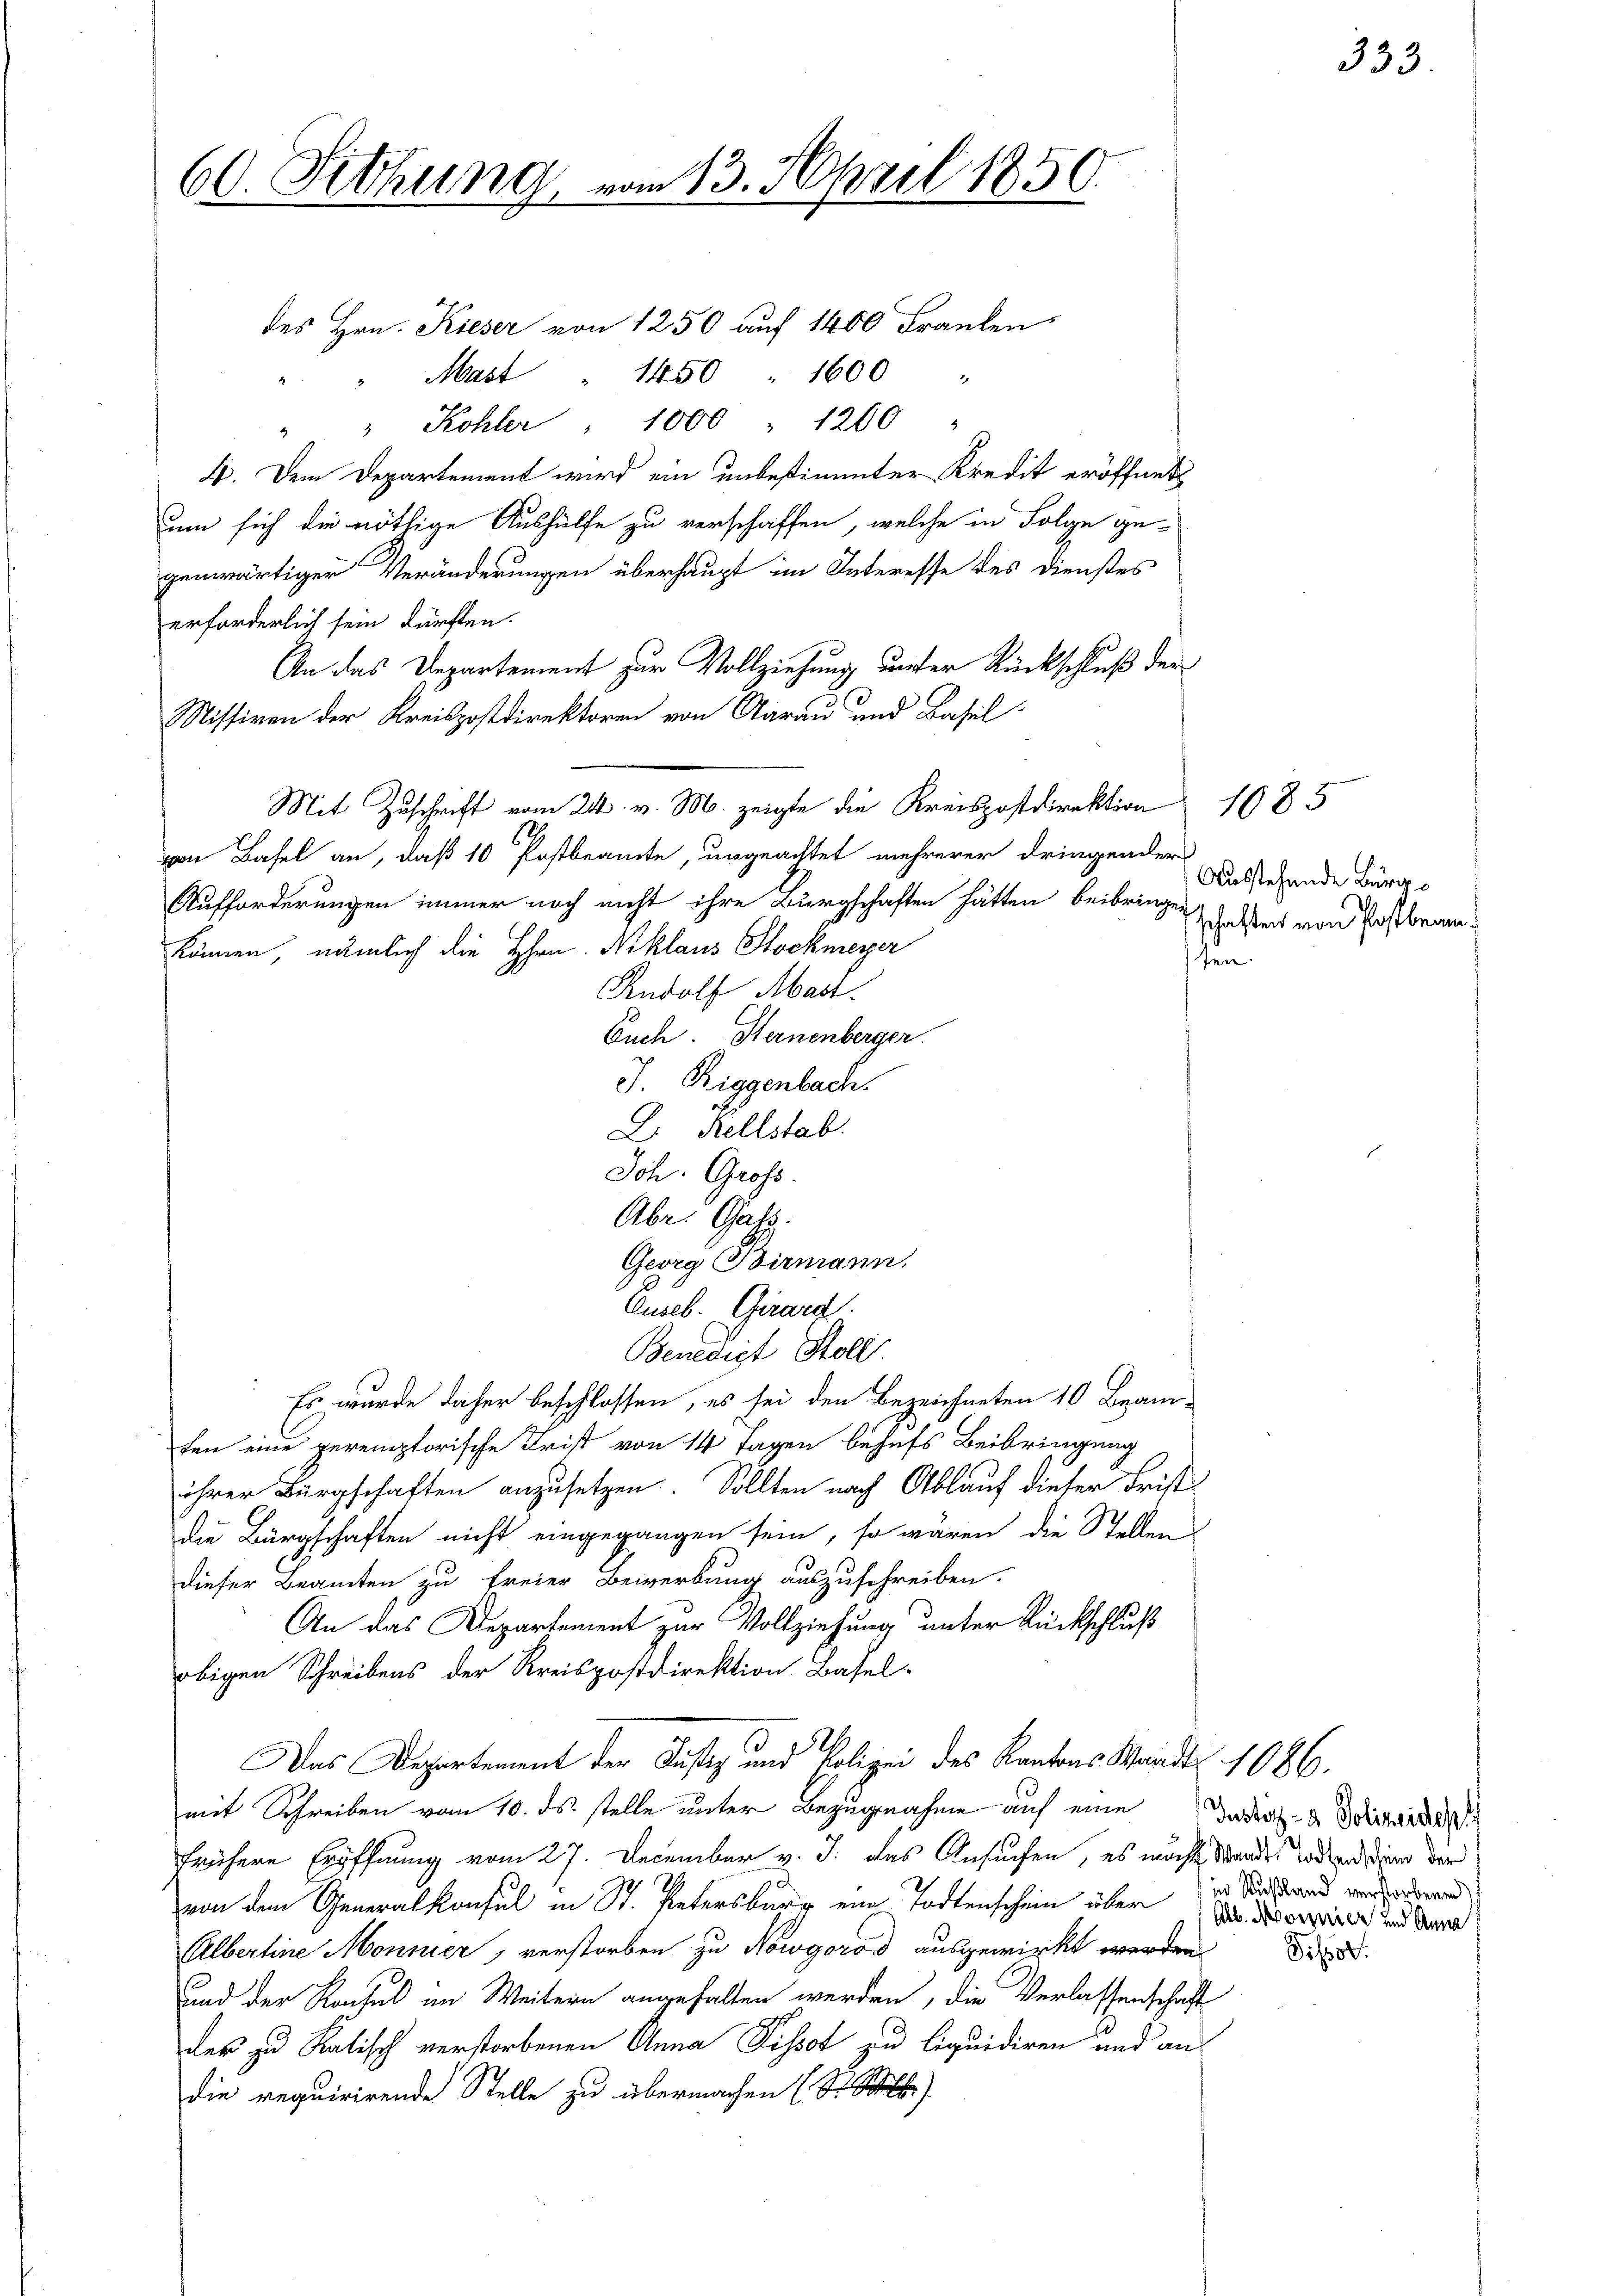
60. Sitzung

vom 13. April 1850.

des Hrn. Kieser von 1250 auf 1400 Franken,
Mast " 1450 1600
" " Kohler " 1000 1260
4. Dem Departement wird ein unbestimmter Kredit eröffnet
um sich die nöthige Aushülfe zu verschaffen, welche in Folge gegenwärtiger Veränderungen überhaupt im Interesse des Dienstes
erforderlich sein dürften.
An das Departement zur Vollziehung unser Rückschluß der
Nissiven der Kreispostdirektoren von Aarau und Basel-
Mit Zuschrift vom 24. v. M. zeigte die Kreispostdirektion 1685
von Basel an, daß 10 Postbeamte, ungeachtet mehrerer dringender
Aufforderungen immer noch nicht ihre Bürgschaften hätten beibringen
können, nämlich die Hrn. Niklaus Stockmeyer
sen
Rudolf Mart.
Euch Hernenberger.
J. Riggenbach.
L. Rellstab.
Joh. Gross.
Abr. Gass.
Georg Birmann,
Cuseb. Girard
Benedict Stoll
Es wurde daher beschlossen, es sei den Bezeichneten 10 Beam-
fen eine peremptorische Frist von 14 Tagen behufs Beibringung
ihrer Bürgschaften anzusetzen. Sollten nach Ablauf dieser Frist
die Bürgschaften nicht eingegangen sein, so wären die Stellen
dieser Beamten zu freier Bewerbung auszuschreiben.
An das Departement zur Vollziehung unter Rückschluß
obigen Schreibens der Kreispostdirektion Basel-
Das Departement der Justiz und Polizei des Kantons Waadt 1086.
mit Schreiben vom 10. ds. stelle unter Bezugnahme auf eine
frühere Eröffnung vom 27. December v. J. das Ansuchen, es möchte Wandes Todten in der
von dem Generalkonsul in St. Petersburg ein Todtenschein über die Sunstand verdiesend
Albertine Monnier, verstorben zu Nowgoros ausgewirkt werden
und der Konsul in Weitern angehalten werden, die Verlassenschaft
der zu Ratisch verstorbenen Anna Pissot zu liquidiren und an
die requirirende Stelle zu übermachen (S.

Ausstehende Bürge
schaften von Postbrann

333.

Justiz- & Polizeidest
Alb. Morgnier und Anna

Pissot